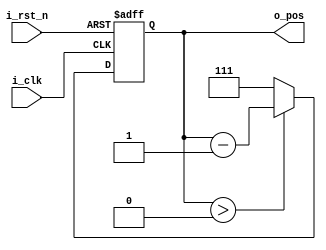
`timescale 1ns / 1ps
//////////////////////////////////////////////////////////////////////////////////
// Company: 
// Engineer: 
// 
// Design Name: 
// Module Name: pos_shifter
// Project Name: 
// Target Devices: 
// Tool Versions: 
// Description: 
// 
// Dependencies: 
// 
// Revision:
// Revision 0.01 - File Created
// Additional Comments:
// 
//////////////////////////////////////////////////////////////////////////////////


module pos_shifter(
    input i_clk,
    input i_rst_n,
    output reg[2:0] o_pos = 3'b111
    );
    
    always@( negedge i_rst_n or posedge i_clk ) begin
        if( !i_rst_n ) begin
            o_pos <= 3'b111;
        end else begin
            if( o_pos > 3'b000 ) begin
                o_pos <= o_pos - 1;
            end else begin
                o_pos <= 3'b111;
            end
        end
    end
endmodule